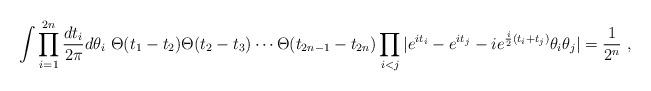
LaTeX: \begin{align*}\int \prod_{i=1}^{2n}{dt_i\over 2\pi} d\theta_i ~ \Theta(t_1-t_2) \Theta(t_2-t_3) \cdots \Theta(t_{2n-1}-t_{2n})\prod_{i<j} | e^{it_i}-e^{it_j} - i e^{\frac{i}{2} (t_i+t_j)} \theta_i \theta_j | = {1\over 2^n}~,\end{align*}